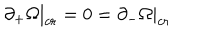
LaTeX: \partial _ { + } \Omega | _ { c r } = 0 = \partial _ { - } \Omega | _ { c r }